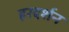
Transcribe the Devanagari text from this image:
हरदर्शन